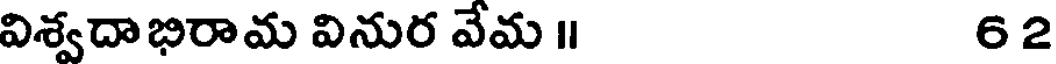
విశ్వదాభిరామ వినుర వేమ ॥ 62